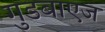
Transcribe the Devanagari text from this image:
गुडबाएज